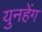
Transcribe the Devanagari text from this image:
युनहेंग